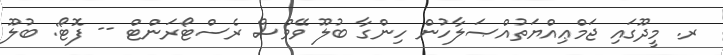
ރ. މީދޫގައި ޖަމްޢިއްޔަތުއްޞަލާހުން ހިންގާ ބުލޫ ވޭވްސް ރެސްޓޯރަންޓް -- ފޮޓޯ: ބުލޫ